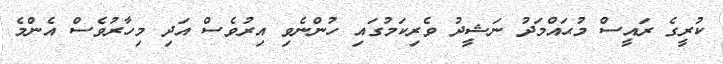
ކުރީގެ ރައީސް މުޙައްމަދު ނަޝީދު ވެރިކަމުގައި ހުންނެވި އިރުވެސް އަދި މިހާރުވެސް އެންމެ